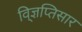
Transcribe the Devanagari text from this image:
वि्ज्ञप्तिसार